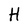
Character: H